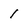
Character: 1